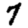
Digit: 7